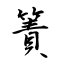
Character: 簀